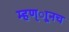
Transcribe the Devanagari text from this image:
म्हण्ाूनच